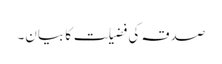
صدقہ کی فضیلت کا بیان۔